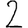
Digit: 2